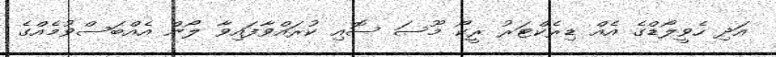
އަދި ހެވީލޯޑްގެ އެއް ޑިރެކްޓަރު ރީކޯ މޫސަ ސޮއި ކުރައްވާފައިވާ ލޯން އެއްބަސްވުމެއްގެ